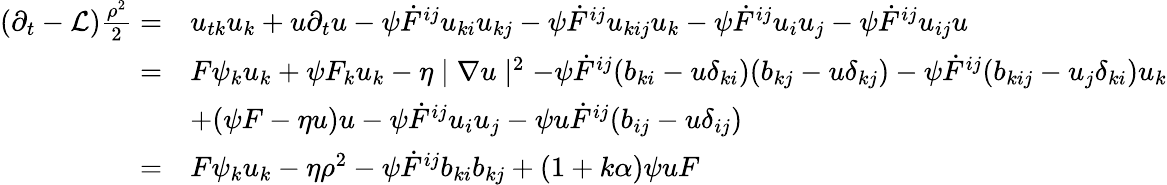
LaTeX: \begin{array}{rl}{(\partial_{t}-\mathcal{L})\frac{\rho^{2}}{2}=}&{u_{tk}u_{k}+u\partial_{t}u-\psi\dot{F}^{ij}u_{ki}u_{kj}-\psi\dot{F}^{ij}u_{kij}u_{k}-\psi\dot{F}^{ij}u_{i}u_{j}-\psi\dot{F}^{ij}u_{ij}u}\\ {=}&{F\psi_{k}u_{k}+\psi F_{k}u_{k}-\eta\mid\nabla u\mid^{2}-\psi\dot{F}^{ij}(b_{ki}-u\delta_{ki})(b_{kj}-u\delta_{kj})-\psi\dot{F}^{ij}(b_{kij}-u_{j}\delta_{ki})u_{k}}\\ &{+(\psi F-\eta u)u-\psi\dot{F}^{ij}u_{i}u_{j}-\psi u\dot{F}^{ij}(b_{ij}-u\delta_{ij})}\\ {=}&{F\psi_{k}u_{k}-\eta\rho^{2}-\psi\dot{F}^{ij}b_{ki}b_{kj}+(1+k\alpha)\psi uF}\end{array}